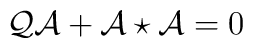
{\cal Q}\mathcal{A} +\mathcal{A}\star\mathcal{A} =0